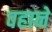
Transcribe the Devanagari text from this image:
वहाने